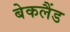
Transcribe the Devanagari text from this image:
बेकलैंड